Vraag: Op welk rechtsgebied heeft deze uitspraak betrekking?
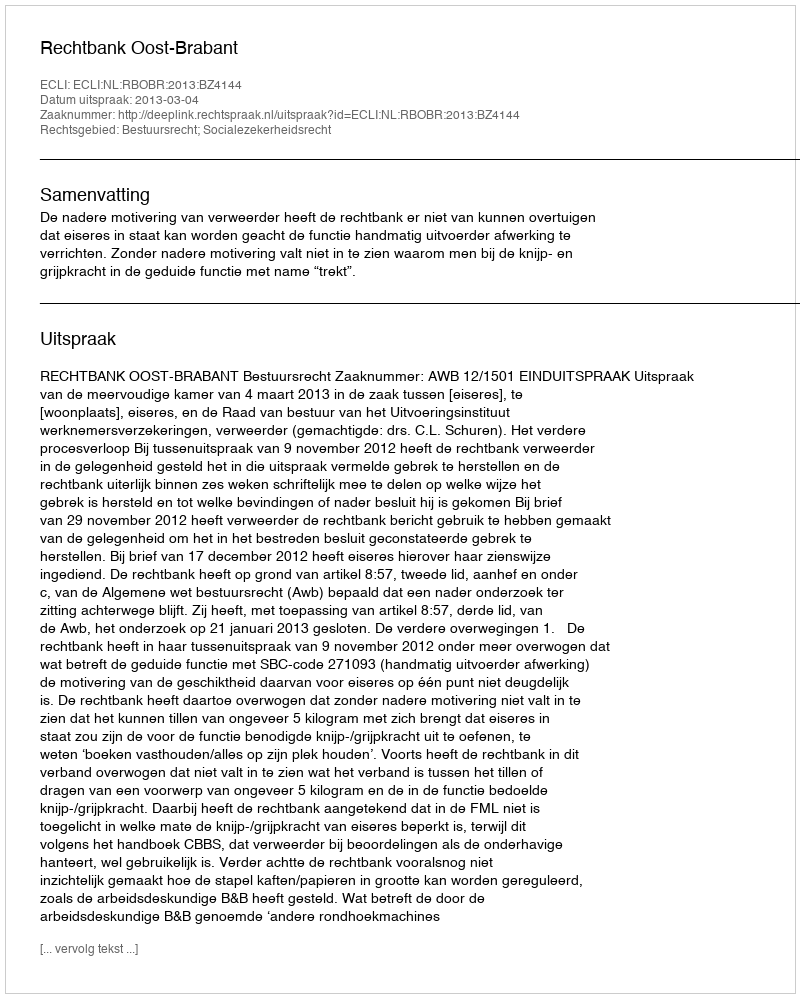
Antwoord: Bestuursrecht; Socialezekerheidsrecht